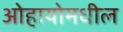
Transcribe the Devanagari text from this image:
ओहायोमधील